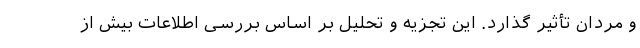
و مردان تأثیر گذارد. این تجزیه و تحلیل بر اساس بررسی اطلاعات بیش از